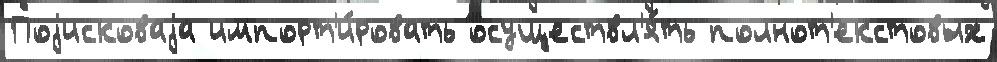
Поjисковаjа импорт'и́ровать осуществл'я́ть полнот'екстовых